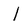
Character: I